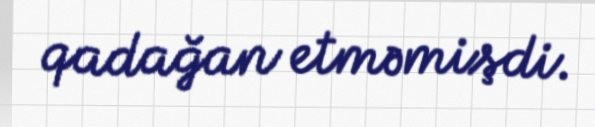
qadağan etməmişdi.